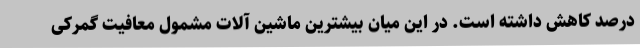
درصد کاهش داشته است. در این میان بیشترین ماشین آلات مشمول معافیت گمرکی